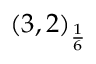
( 3 , 2 ) _ { \frac { 1 } { 6 } }